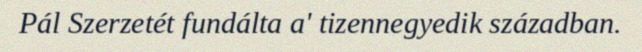
Pál Szerzetét fundálta a' tizennegyedik században.